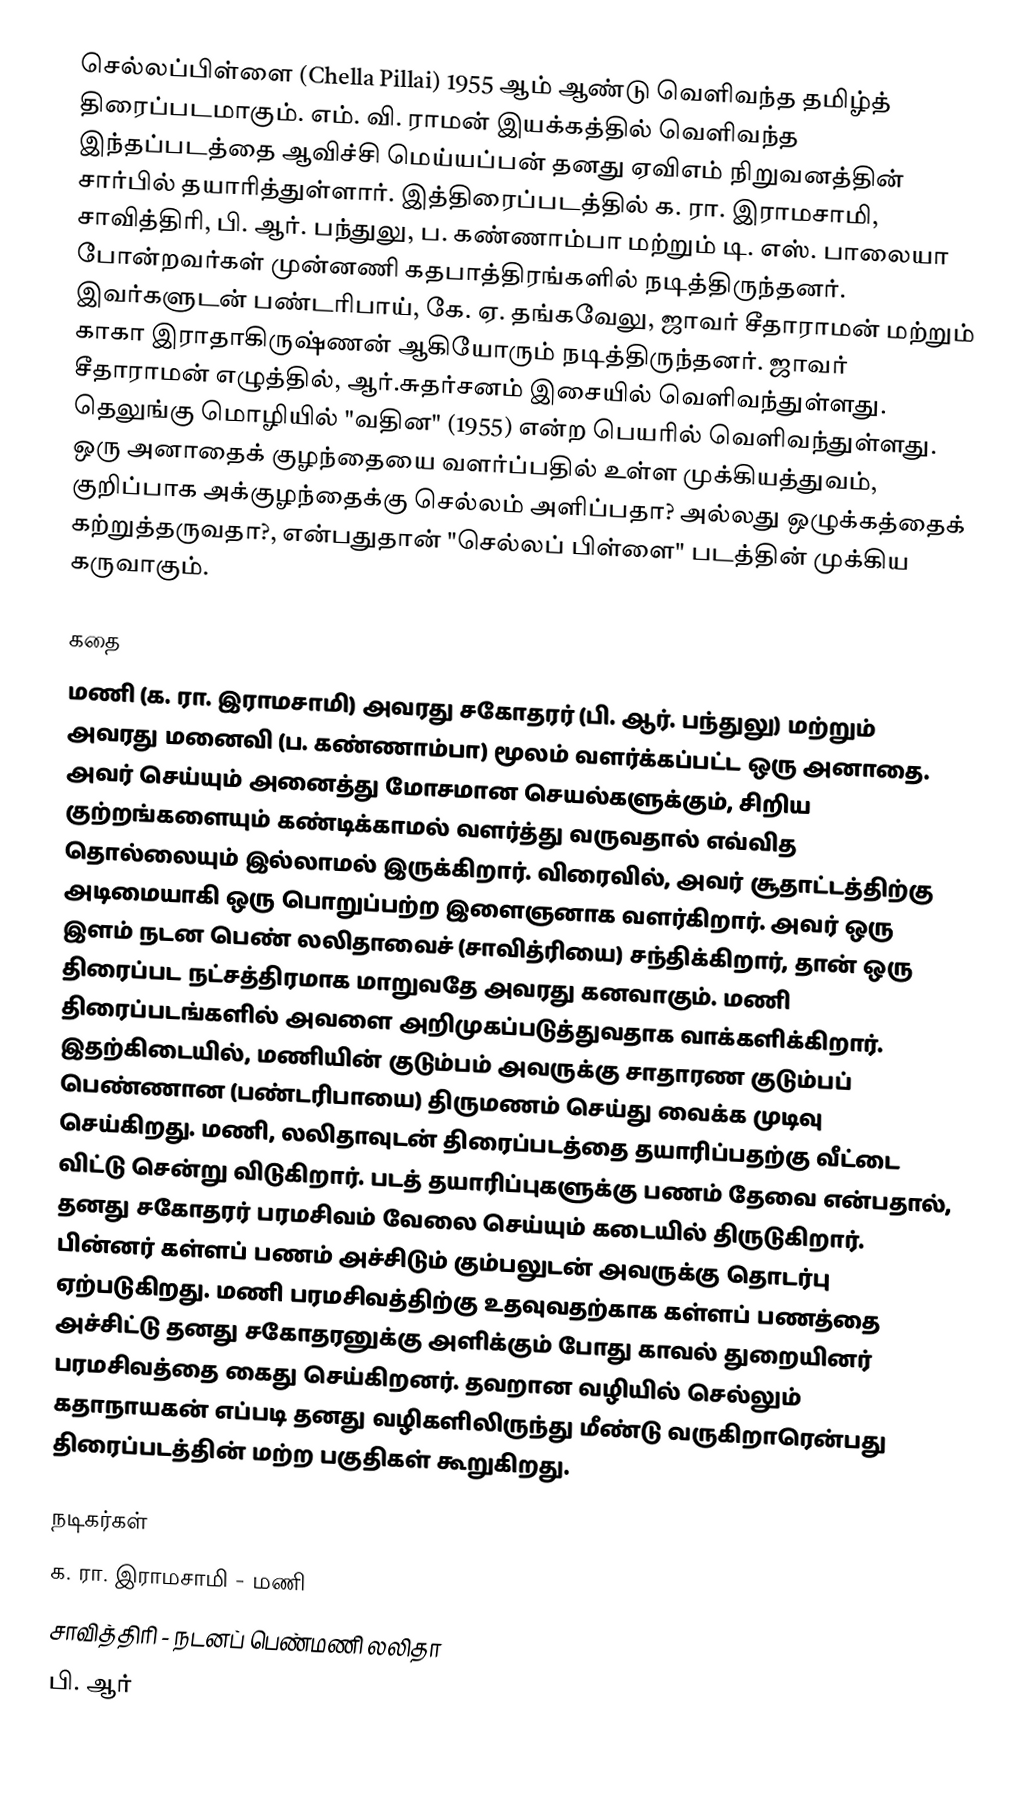
செல்லப்பிள்ளை (Chella Pillai) 1955 ஆம் ஆண்டு வெளிவந்த தமிழ்த் திரைப்படமாகும். எம். வி. ராமன் இயக்கத்தில் வெளிவந்த இந்தப்படத்தை ஆவிச்சி மெய்யப்பன் தனது ஏவிஎம் நிறுவனத்தின் சார்பில் தயாரித்துள்ளார். இத்திரைப்படத்தில் க. ரா. இராமசாமி, சாவித்திரி, பி. ஆர். பந்துலு, ப. கண்ணாம்பா மற்றும் டி. எஸ். பாலையா போன்றவர்கள் முன்னணி கதபாத்திரங்களில் நடித்திருந்தனர். இவர்களுடன் பண்டரிபாய், கே. ஏ. தங்கவேலு, ஜாவர் சீதாராமன் மற்றும் காகா இராதாகிருஷ்ணன் ஆகியோரும் நடித்திருந்தனர். ஜாவர் சீதாராமன் எழுத்தில், ஆர்.சுதர்சனம் இசையில் வெளிவந்துள்ளது. தெலுங்கு மொழியில் "வதின" (1955) என்ற பெயரில் வெளிவந்துள்ளது. ஒரு அனாதைக் குழந்தையை வளர்ப்பதில் உள்ள முக்கியத்துவம், குறிப்பாக அக்குழந்தைக்கு செல்லம் அளிப்பதா? அல்லது ஒழுக்கத்தைக் கற்றுத்தருவதா?, என்பதுதான் "செல்லப் பிள்ளை" படத்தின் முக்கிய கருவாகும்.

கதை
மணி (க. ரா. இராமசாமி) அவரது சகோதரர் (பி. ஆர். பந்துலு)  மற்றும் அவரது மனைவி (ப. கண்ணாம்பா) மூலம் வளர்க்கப்பட்ட ஒரு அனாதை.  அவர் செய்யும் அனைத்து மோசமான செயல்களுக்கும், சிறிய குற்றங்களையும் கண்டிக்காமல் வளர்த்து வருவதால் எவ்வித தொல்லையும் இல்லாமல் இருக்கிறார். விரைவில், அவர் சூதாட்டத்திற்கு அடிமையாகி ஒரு பொறுப்பற்ற இளைஞனாக வளர்கிறார். அவர் ஒரு இளம் நடன பெண் லலிதாவைச் (சாவித்ரியை) சந்திக்கிறார், தான் ஒரு திரைப்பட நட்சத்திரமாக மாறுவதே அவரது கனவாகும். மணி திரைப்படங்களில் அவளை அறிமுகப்படுத்துவதாக வாக்களிக்கிறார். இதற்கிடையில், மணியின் குடும்பம் அவருக்கு சாதாரண குடும்பப் பெண்ணான (பண்டரிபாயை)  திருமணம் செய்து வைக்க முடிவு செய்கிறது.  மணி, லலிதாவுடன் திரைப்படத்தை தயாரிப்பதற்கு வீட்டை விட்டு சென்று விடுகிறார். படத் தயாரிப்புகளுக்கு பணம் தேவை என்பதால், தனது சகோதரர் பரமசிவம் வேலை செய்யும் கடையில் திருடுகிறார். பின்னர் கள்ளப் பணம் அச்சிடும் கும்பலுடன் அவருக்கு தொடர்பு ஏற்படுகிறது. மணி பரமசிவத்திற்கு உதவுவதற்காக கள்ளப் பணத்தை அச்சிட்டு தனது சகோதரனுக்கு அளிக்கும் போது காவல் துறையினர் பரமசிவத்தை கைது செய்கிறனர். தவறான வழியில் செல்லும் கதாநாயகன் எப்படி தனது வழிகளிலிருந்து மீண்டு வருகிறாரென்பது திரைப்படத்தின் மற்ற பகுதிகள் கூறுகிறது.

நடிகர்கள்
 க. ரா. இராமசாமி   - மணி
 சாவித்திரி   - நடனப் பெண்மணி லலிதா
 பி. ஆர்